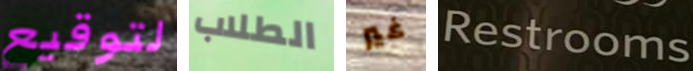
لتوقيع الطلاب غير Restrooms